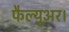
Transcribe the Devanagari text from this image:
फैल्युअर।